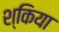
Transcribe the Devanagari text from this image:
श्किया